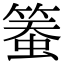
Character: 𥱄